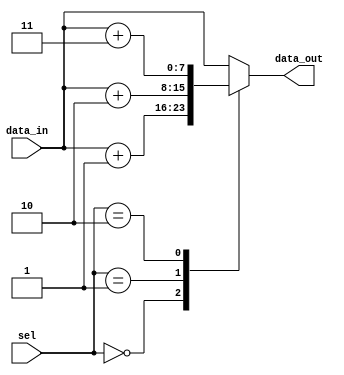
module priority_case (
    input wire [1:0] sel,
    input wire [7:0] data_in,
    output wire [7:0] data_out
);

reg [7:0] temp_data;

always @(*) begin
    case(sel)
        2'b00: begin // Highest priority condition
            temp_data = data_in + 8'd1;
        end

        2'b01: begin // Second highest priority condition
            temp_data = data_in + 8'd2;
        end

        2'b10: begin // Lowest priority condition
            temp_data = data_in + 8'd3;
        end

        default: begin // Default condition
            temp_data = data_in;
        end
    endcase
end

assign data_out = temp_data;

endmodule